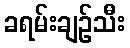
ခရမ်းချဉ်သီး